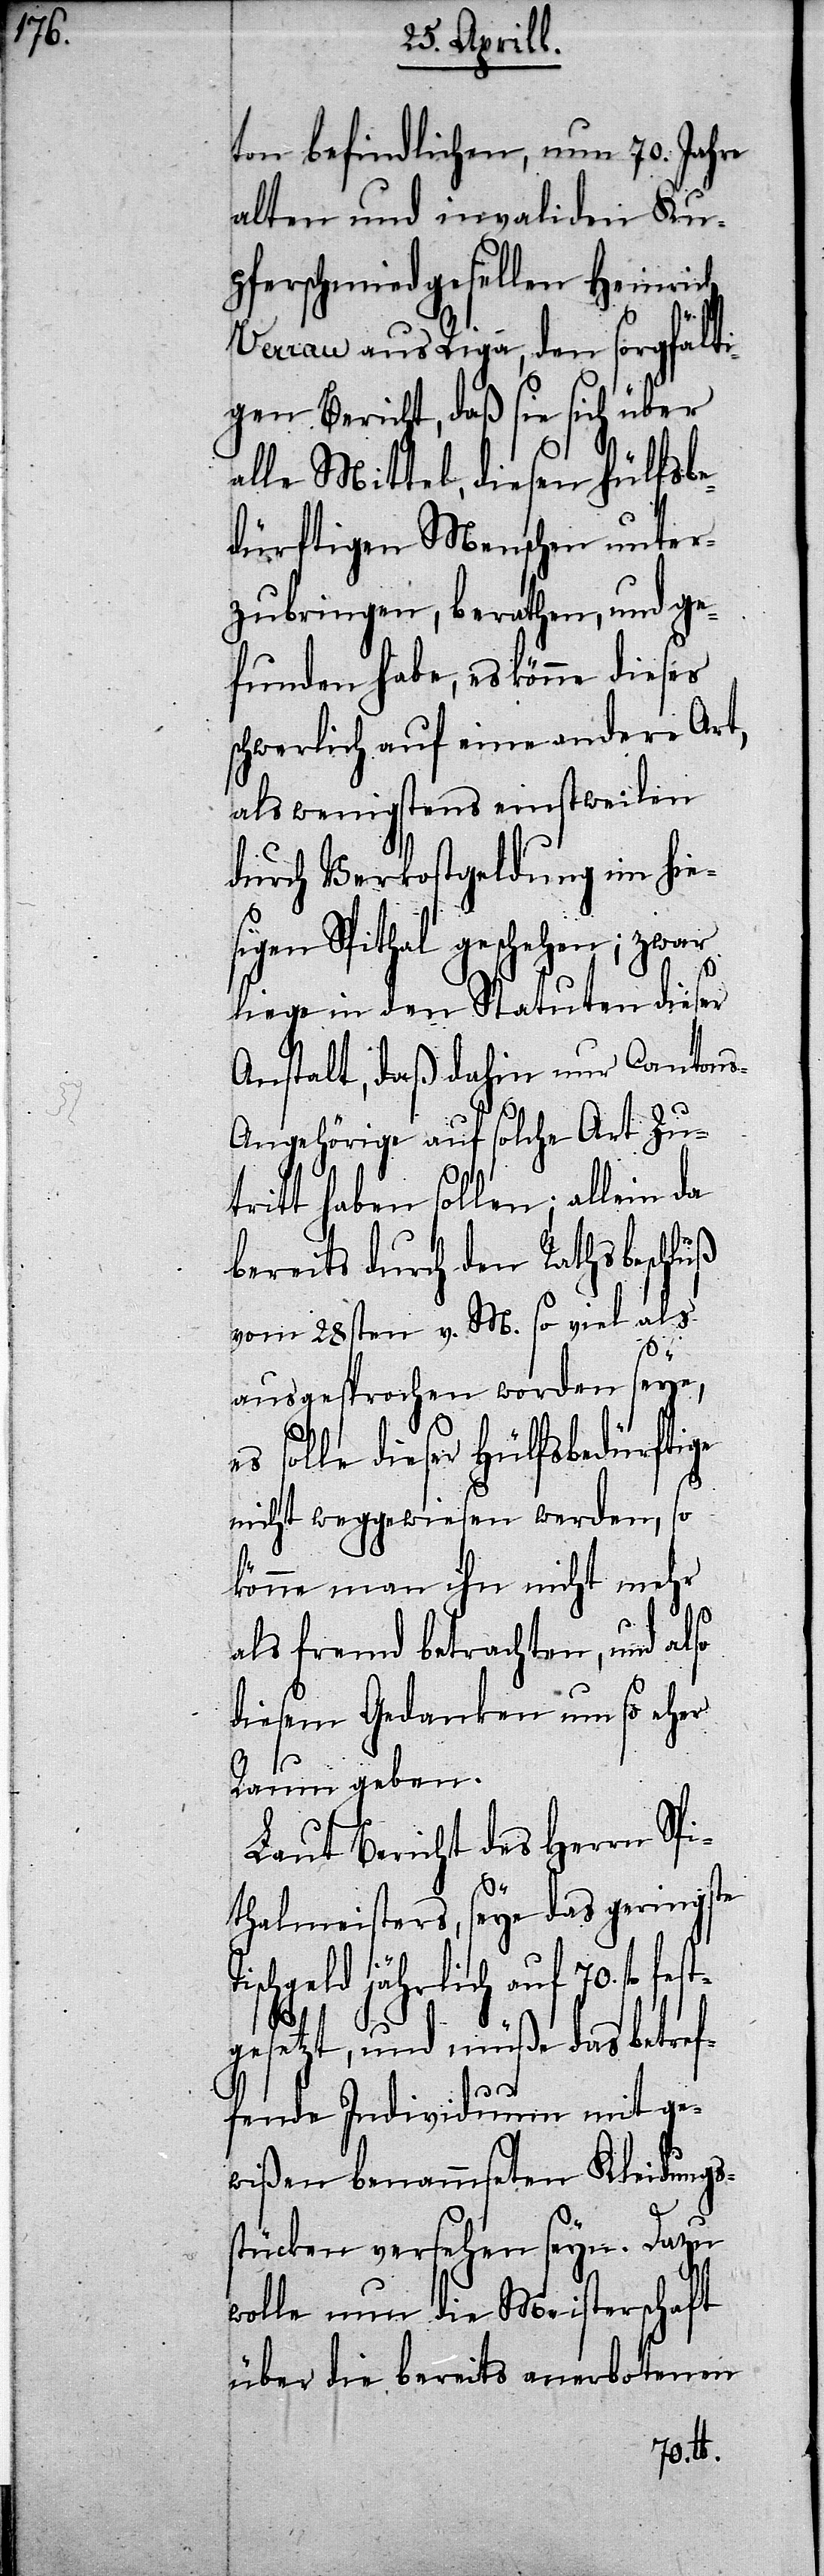
ton befindlichen, nun 70. Jahre
alten und invaliden Ku¬
pferschmiedgesellen Heinrich
Verrau aus Riga, den sorgfält¬
igen Bericht, daß sie sich über
alle Mittel, diesen hülfsbe¬
dürftigen Menschen unter¬
zubringen, berathen, und ge¬
funden habe, es könne dieser
chwerlich auf eine andere Art,
als wenigstens einstweilen
durch Verkostgeldung im hie¬
sigen Spithal geschehen; zwar
liege in den Statuten dieser
Anstalt, daß dahin nur Canton¬
s-Angehörige auf solche Art Zu¬
tritt haben sollen; allein da
bereits durch den Rathsbeschluß
vom 28sten v. M. so viel als
fest¬
ausgesprochen worden seye,
solle dieser Hülfsbedürftige
nicht weggewiesen werden, so
könne man ihn nicht mehr
als fremd betrachten, und also
diesem Gedanken um so eher
Raum geben.
Laut Bericht des Herrn Spi¬
thalmeisters, seye das geringste
ischgeld jährlich auf 70. fl.
T¬
gesetzt, und müße das betref¬
fende Individuum mit ge¬
wißen benammseten Kleidungs¬
stücken versehen seyn. Dazu
wolle nun die Meisterschaft
über die bereits anerbotenen